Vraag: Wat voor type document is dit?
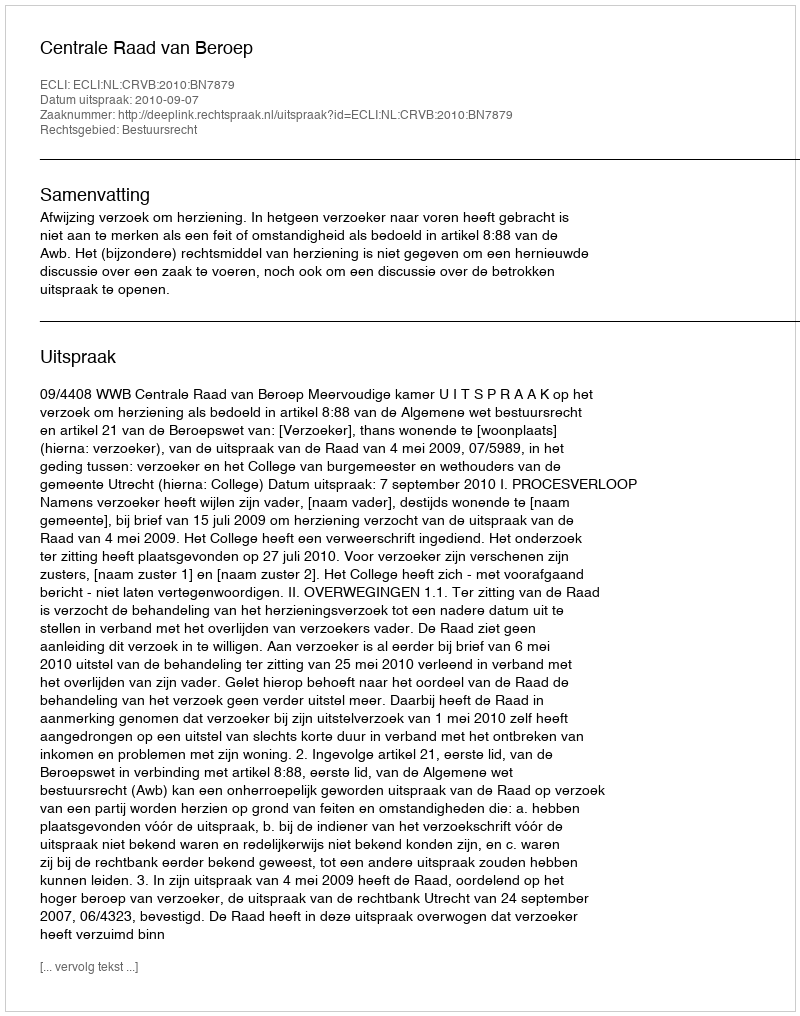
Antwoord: Uitspraak